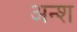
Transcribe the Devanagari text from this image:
अन्श